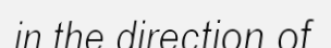
in the direction of